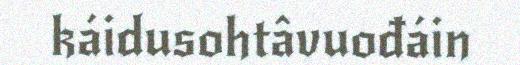
káidusohtâvuođáin